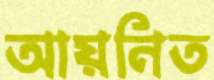
আয়নিত